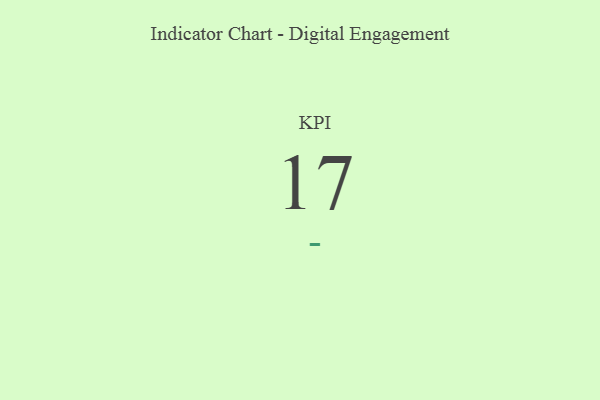
{"axis": {"x": "KPI", "y": "Value"}, "legend": [""], "data": [{"x": "KPI", "y": 17, "type": ""}]}